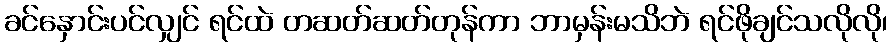
ခင်နှောင်းပင်လျှင် ရင်ထဲ တဆတ်ဆတ်တုန်ကာ ဘာမှန်းမသိဘဲ ရင်ဖိုချင်သလိုလို၊